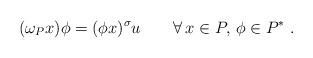
LaTeX: \begin{align*} (\omega_P x)\phi=(\phi x)^\sigma u\qquad\forall\, x\in P,\,\phi\in P^*\ . \end{align*}